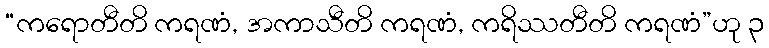
“ကရောတီတိ ကရဏံ, အကာသီတိ ကရဏံ, ကရိဿတီတိ ကရဏံ”ဟု ၃